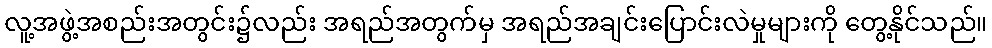
လူ့အဖွဲ့အစည်းအတွင်း၌လည်း အရည်အတွက်မှ အရည်အချင်းပြောင်းလဲမှုများကို တွေ့နိုင်သည်။